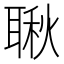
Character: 䎿